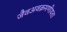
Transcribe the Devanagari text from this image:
जैवअवक्रमणीयता